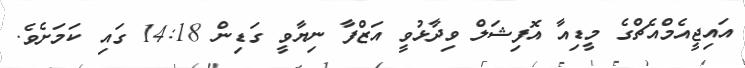
އައިޖީއެމްއެޗްގެ މީޑިއާ އޮފިޝަލް ވިދާޅުވީ އަޒްފާ ނިޔާވީ ގަޑިން 14:18 ގައި ކަމަށެވެ.